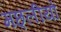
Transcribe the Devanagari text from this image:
मछ्लीयों